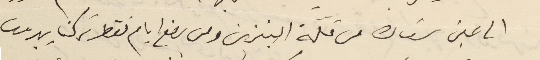
الى عينَ سَعاده من قلّة البنزين ومن بضع ايام فقط تركنا بيروت